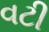
વટી